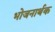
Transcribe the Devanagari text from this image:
भोजनार्थक